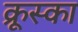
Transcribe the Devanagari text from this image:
क्रूस्का